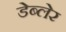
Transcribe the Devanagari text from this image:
डेब्लेर